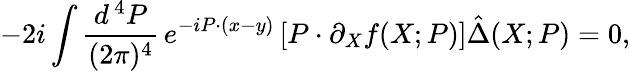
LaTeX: -2i\int\frac{d^{\, 4}P}{(2\pi)^{4}}\, e^{-iP\cdot(x-y)}\left[P\cdot\partial_{X}f(X;P)\right]\hat{\Delta}(X;P)=0,